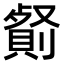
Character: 𠠋